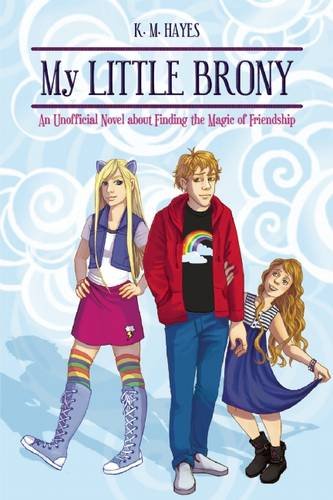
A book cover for My Little Brony: An Unofficial Novel about Finding the Magic of Friendship; K. M. Hayes; Teen & Young Adult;